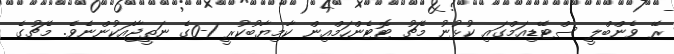
ރޭ ވެންބްލީ ސްޓޭޑިއަމްގައި ކުޅުުނު މެޗު ޓޮޓެންހަމްއިން ކާމިޔާބުކުރީ 1-0ގެ ނަތީޖާއަކުންނެވެ. މެޗުގެ